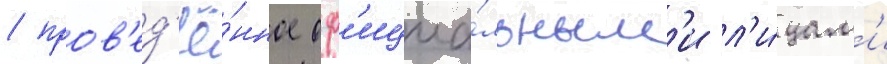
/ пров'ед'ё́нное оф'ициа́льным'и л'и́цам'и